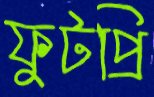
ফুটপ্রি